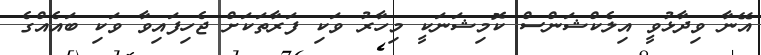
އޭނާ ވިދާޅުވީ އިލެކްޝަންސް ކޮމިޝަނަކީ މިހާރު ވަކި ފަރާތަކަށް ޖެހިފައިވާ ވަކި ބައެއްގެ